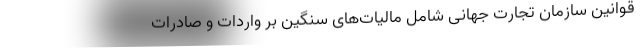
قوانین سازمان تجارت جهانی شامل مالیات‌های سنگین بر واردات و صادرات